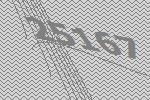
25167